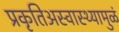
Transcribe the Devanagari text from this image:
प्रकृतिअस्वास्थ्यामुळं